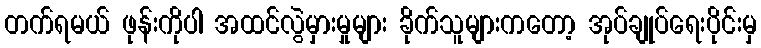
တက်ရမယ် ဖုန်းကိုပါ အထင်လွဲမှားမှုများ ခိုက်သူများကတော့ အုပ်ချုပ်ရေးပိုင်းမှ